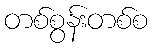
တစ်စွန်းတစ်စ